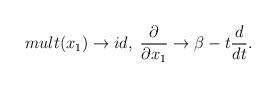
LaTeX: \begin{align*}mult(x_{1})\rightarrow id,\;\frac{\partial}{\partial x_{1}}\rightarrow\beta - t\frac{d}{dt}.\end{align*}